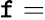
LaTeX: \mathtt{f}=